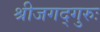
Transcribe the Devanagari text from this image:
श्रीजगद्गुरुः